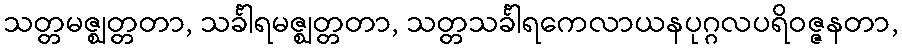
သတ္တမဇ္ဈတ္တတာ, သင်္ခါရမဇ္ဈတ္တတာ, သတ္တသင်္ခါရကေလာယနပုဂ္ဂလပရိဝဇ္ဇနတာ,